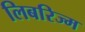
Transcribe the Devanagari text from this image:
लिबरिज्म